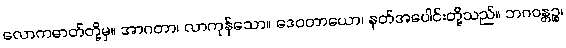
လောကဓာတ်တို့မှ။ အာဂတာ၊ လာကုန်သော။ ဒေဝတာယော၊ နတ်အပေါင်းတို့သည်။ ဘဂဝန္တဉ္စ၊